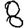
Digit: 8